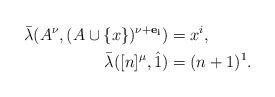
LaTeX: \begin{align*} \bar\lambda(A^{\nu},(A\cup \{x\})^{\nu+\mathbf{e_i}})&=x^i,\\ \bar\lambda([n]^{\mu},\hat{1})&=(n+1)^1.\end{align*}